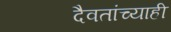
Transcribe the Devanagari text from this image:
दैवतांच्याही